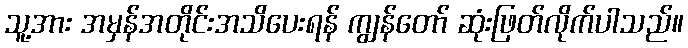
သူ့အား အမှန်အတိုင်းအသိပေးရန် ကျွန်တော် ဆုံးဖြတ်လိုက်ပါသည်။